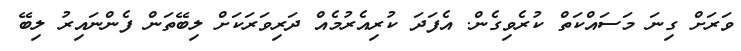
ވަރަށް ގިނަ މަސައްކަތް ކުރެވިގެން. އެފަދަ ކުރިއެރުމެއް ދަރިވަރަކަށް ލިބޭތަން ފެންނައިރު ލިބޭ